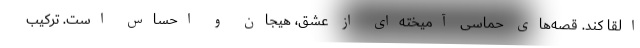
القا کند. قصه‌های حماسی آمیخته‌ای از عشق، هیجان و احساس است. ترکیب